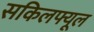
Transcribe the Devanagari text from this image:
सकिलफ्यूल